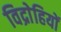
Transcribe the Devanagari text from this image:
विद्राेहियों